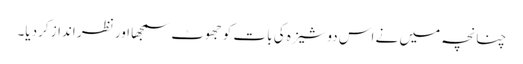
چنانچہ میں نے اس دوشیزہ کی بات کو جھوٹ سمجھا اور نظر انداز کردیا۔